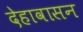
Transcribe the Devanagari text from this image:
देहावासन